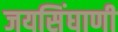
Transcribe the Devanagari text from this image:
जयसिंघाणी